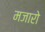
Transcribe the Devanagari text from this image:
मजारो